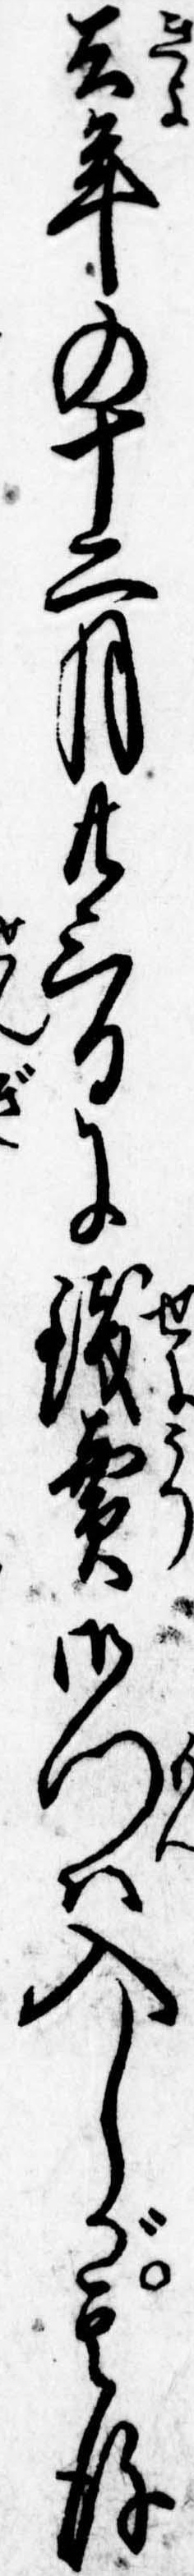
去年の十二月廿三日に銭売御門は入しが其後